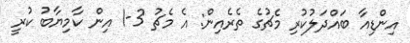
އިންޑިއާ ބައްދަލުކުރި މެޗުގެ ތެރެއިން: އެ މެޗު 3-1 އިން ކާމިޔާބު ކުރީ